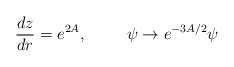
\begin{align*}{d z \over dr} = e^{2 A}, \hspace{1cm}\psi \rightarrow e^{-3 A/2} \psi\end{align*}